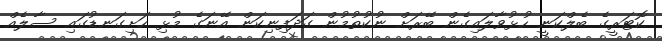
ކޮޓަރީގެ ބެލްކަނީ ހުޅުވާލައިގެން ބޭރަށް ނުކުތުމުން ގަދަފިނިކަން އޭނަގެ މުޅި ހަށިގަނޑުގައި ސާލެއް